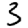
Digit: 3